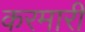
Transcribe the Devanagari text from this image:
करमारी